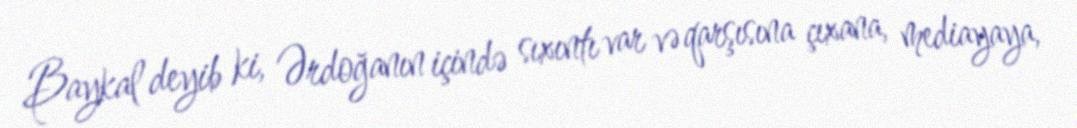
Baykal deyib ki, Ərdoğanın içində sıxıntı var və qarşısına çıxana, mediayaya,